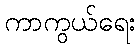
ကာကွယ်ရေး